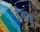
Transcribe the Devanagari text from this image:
ईआइ